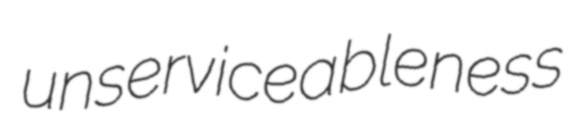
unserviceableness